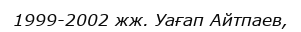
1999-2002 жж. Уағап Айтпаев,